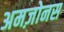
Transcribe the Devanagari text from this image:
अमज़ोनस